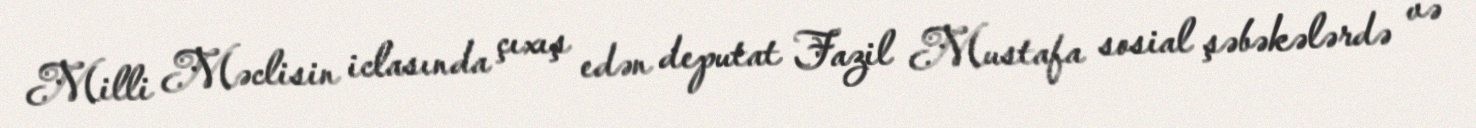
Milli Məclisin iclasında çıxış edən deputat Fazil Mustafa sosial şəbəkələrdə və